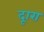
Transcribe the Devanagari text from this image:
दूारा